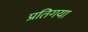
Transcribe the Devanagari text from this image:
प्रतिगया